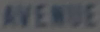
AVENUE